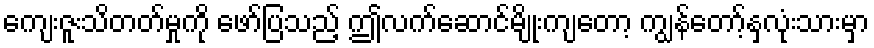
ကျေးဇူးသိတတ်မှုကို ဖော်ပြသည့် ဤလက်ဆောင်မျိုးကျတော့ ကျွန်တော့်နှလုံးသားမှာ